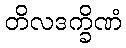
တိလဒက္ခိဏံ